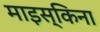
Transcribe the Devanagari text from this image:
माइस्किना